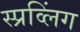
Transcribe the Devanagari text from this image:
स्प्रव्लिंग